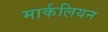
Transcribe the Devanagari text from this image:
मार्कलियन